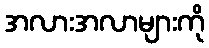
အလားအလာများကို